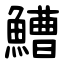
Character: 鰽